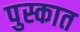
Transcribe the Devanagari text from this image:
पुस्कात